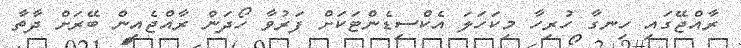
ރާއްޖޭގައި ހިނގާ ހުރިހާ މިކަހަލަ އެކްސިޑެންޓަކަށް ފަރުުވާ ހޯދަން ރާއްޖެއިން ބޭރަށް ދާތާ